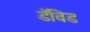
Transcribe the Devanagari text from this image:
डॅविड